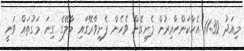
މިއަދު 11:30 އެހާކަންހާއިރުން ފެށިގެން ވެހެން ފެށިވާރޭގައި މާލޭގެ ގިނަ މަގުތައް ވަނީ